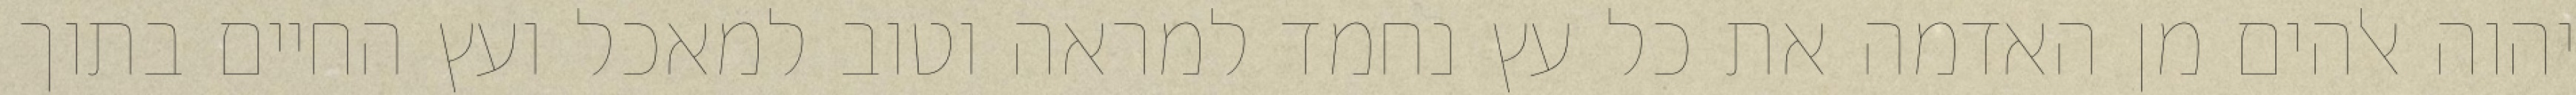
יהוה אלהים מן האדמה את כל עץ נחמד למראה וטוב למאכל ועץ החיים בתוך